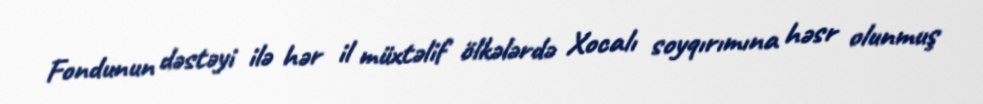
Fondunun dəstəyi ilə hər il müxtəlif ölkələrdə Xocalı soyqırımına həsr olunmuş